Lunatic asylums Central Provinces reports 1895-1909 - 1895-1909
Year: 1895
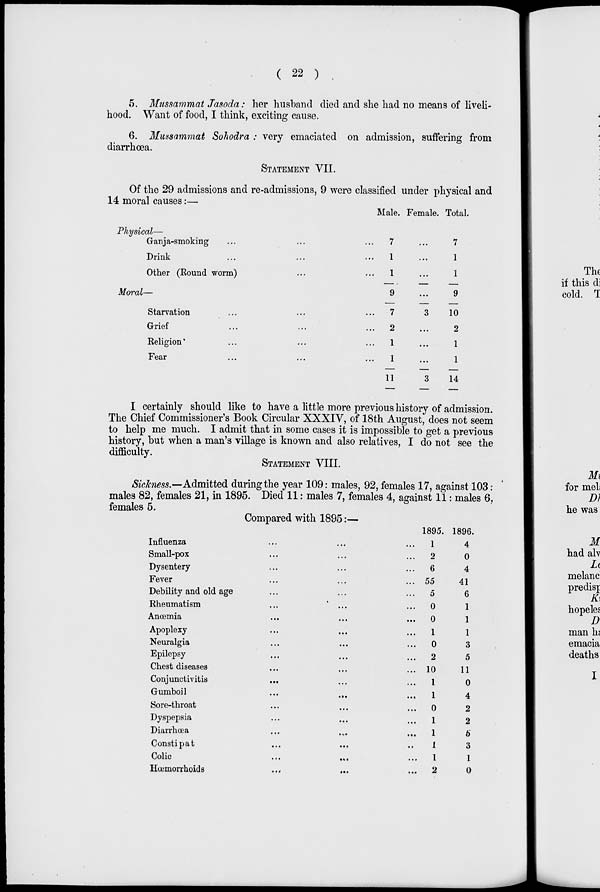
( 22 )
5. Mussammat Jasoda: her husband died and she had no means of liveli-
hood. Want of food, I think, exciting cause.
6. Mussammat Sohodra : very emaciated on admission, suffering from
diarrhœa.
STATEMENT VII.
Of the 29 admissions and re-admissions, 9 were classified under physical and
14 moral causes:—
Physical—
Ganja-smoking... ... ...
Drink... ... ...
Other (Round worm)... ...
Moral—
Starvation... ... ...
Grief... ... ...
Religion... ... ...
Fear... ... ...
Male.
7
1
1
9
7
2
1
1
11
Female.
...
...
...
...
3
...
...
...
3
Total.
7
1
1
9
10
2
1
1
14
I certainly should like to have a little more previous history of admission.
The Chief Commissioner's Book Circular XXXIV, of 18th August, does not seem
to help me much. I admit that in some cases it is impossible to get a previous
history, but when a man's village is known and also relatives, I do not see the
difficulty.
STATEMENT VIII.
Sickness.—Admitted during the year 109: males, 92, females 17, against 103:
males 82, females 21, in 1895. Died 11: males 7, females 4, against 11: males 6,
females 5.
Compared with 1895:—
Influenza... ... ...
Small-pox... ... ...
Dysentery... ... ...
Fever... ... ...
Debility and old age... ... ...
Rheumatism... ... ...
Anœmia... ... ...
Apoplexy... ... ...
Neuralgia... ... ...
Epilepsy... ... ...
Chest diseases... ... ...
Conjunctivitis... ... ...
Gumboil...
...
...
Sore-throat... ... ...
Dyspepsia... ... ...
Diarrhœa... ... ...
Constipat... ... ...
Colic
...
...
...
Hœmorrhoids
...
...
...
1895.
1
2
6
55
5
0
0
1
0
2
10
1
1
0
1
1
1
1
2
1896.
4
0
4
41
6
1
1
1
3
5
11
0
4
2
2
5
3
1
0